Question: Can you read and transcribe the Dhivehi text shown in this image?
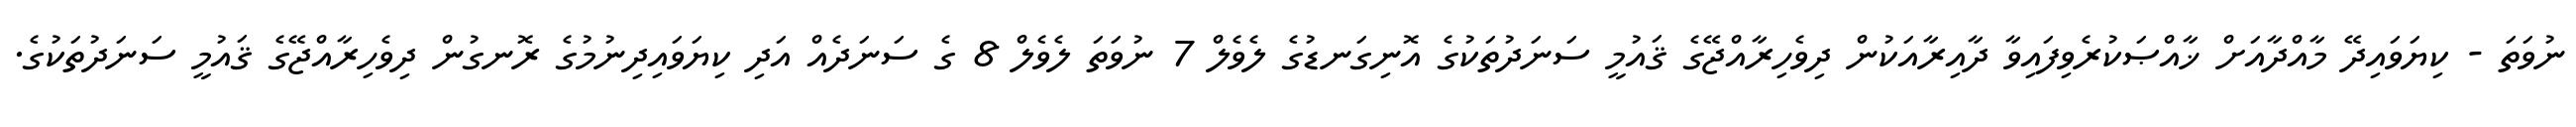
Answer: ނުވަތަ - ކިޔަވައިދޭ މާއްދާއަށް ޚާއްޞަކުރެވިފައިވާ ދާއިރާއަކުން ދިވެހިރާއްޖޭގެ ޤައުމީ ސަނަދުތަކުގެ އޮނިގަނޑުގެ ލެވެލް 7 ނުވަތަ ލެވެލް 8 ގެ ސަނަދެއް އަދި ކިޔަވައިދިނުމުގެ ރޮނގުން ދިވެހިރާއްޖޭގެ ޤައުމީ ސަނަދުތަކުގެ.